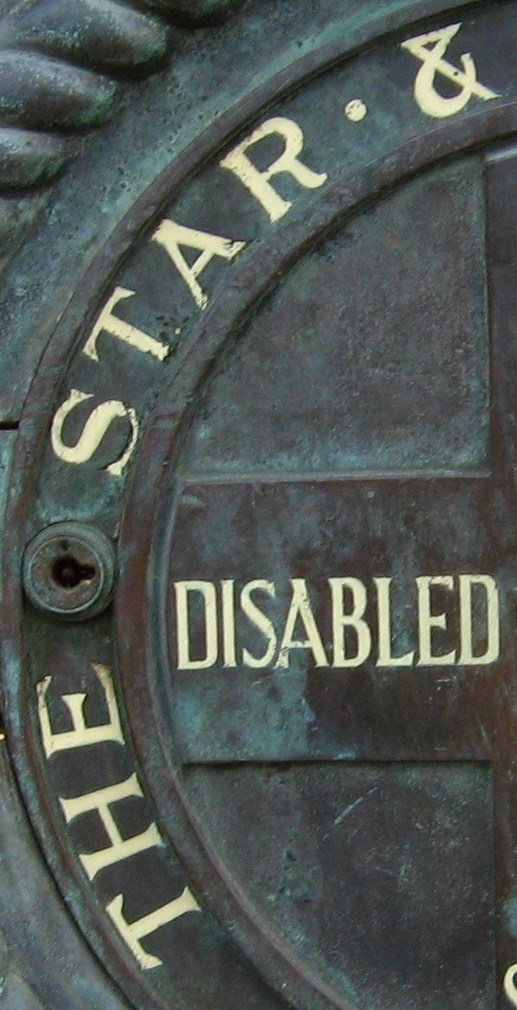
THE STAR·&